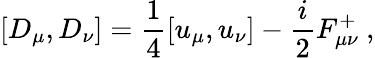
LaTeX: \left[D_{\mu},D_{\nu}\right]=\frac{1}{4}\left[u_{\mu},u_{\nu}\right]-\frac{i}{2}F_{\mu\nu}^{+}~,